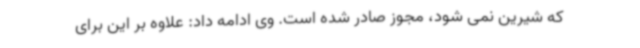
که شیرین نمی شود، مجوز صادر شده است. وی ادامه داد: علاوه بر این برای